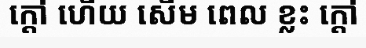
ក្តៅ ហើយ សើម ពេល ខ្លះ ក្តៅ